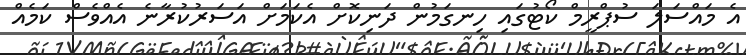
އެ މައްސަލަ ސުޕްރީމް ކޯޓުގައި ހިނގަމުން ދަނިކޮށް އެކަމަށް އަސަރުކުރާނެ އެއްވެސް ކަމެއް